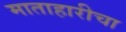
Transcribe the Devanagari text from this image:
माताहारीचा